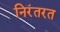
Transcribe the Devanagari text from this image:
निरंतरत